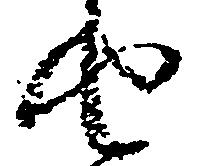
由